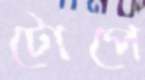
টোপে